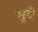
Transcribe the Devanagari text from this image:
भुये